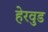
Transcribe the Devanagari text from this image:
हेरवुड